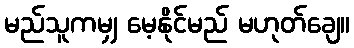
မည်သူကမျှ မေ့နိုင်မည် မဟုတ်ချေ။